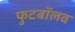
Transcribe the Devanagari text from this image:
फुटबॉलव